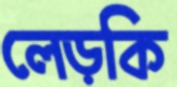
লেড়কি